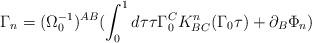
LaTeX: \begin{align*}\Gamma_{n}=(\Omega_{0}^{-1})^{AB}(\int_{0}^{1}d\tau\tau\Gamma_{0}^{C}K^{n}_{BC}(\Gamma_{0}\tau)+\partial_{B}\Phi_{n})\end{align*}